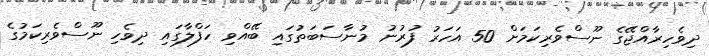
ދިވެހިރާއްޖޭގެ ނޫސްވެރިކަމަށް 50 އަހަރު ފުރުނު މުނާސަބަތުގައި ބޭއްވި ހަފްލާގައި ދިވެހި ނޫސްވެރިކަމުގެ